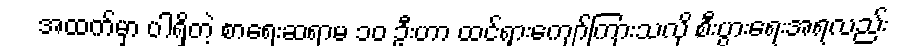
အထက်မှာ ပါရှိတဲ့ စာရေးဆရာမ ၁၀ ဦးဟာ ထင်ရှားကျော်ကြားသလို စီးပွားရေးအရလည်း